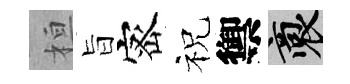
桓旨宻祝禦裔